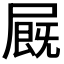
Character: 𡳅